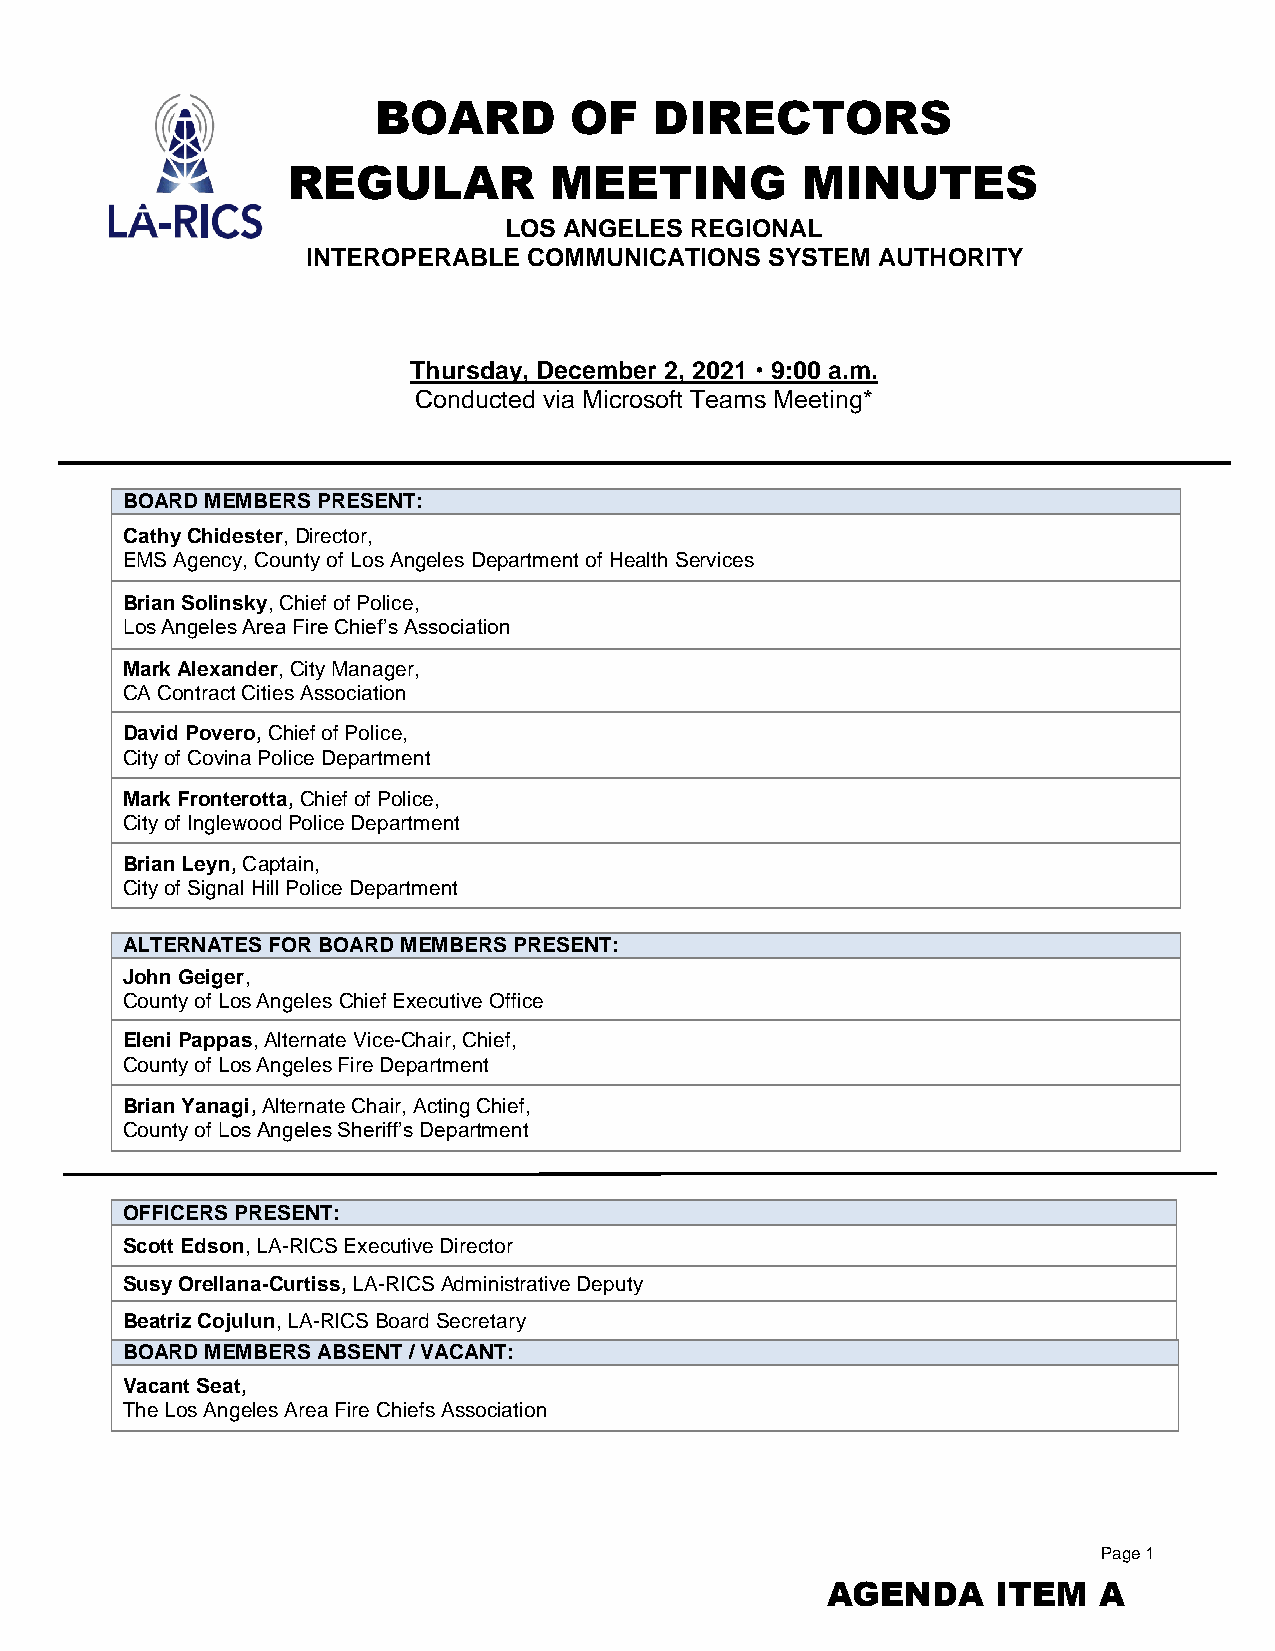
BOARD        OF   DIRECTORS
 REGULAR          MEETING          MINUTES
 LOS ANGELES  REGIONAL
 INTEROPERABLE  COMMUNICATIONS  SYSTEM AUTHORITY
 Thursday, December 2, 2021  9:00 a.m.
 Conducted via Microsoft Teams Meeting*
 BOARD MEMBERS PRESENT:
 Cathy Chidester, Director,
 EMS Agency, County of Los Angeles Department of Health Services
 Brian Solinsky, Chief of Police,
 Los Angeles Area Fire Chief’s Association
 Mark Alexander, City Manager,
 CA Contract Cities Association
 David Povero, Chief of Police,
 City of Covina Police Department
 Mark Fronterotta, Chief of Police,
 City of Inglewood Police Department
 Brian Leyn, Captain,
 City of Signal Hill Police Department
 ALTERNATES FOR BOARD MEMBERS PRESENT:
 John Geiger,
 County of Los Angeles Chief Executive Office
 Eleni Pappas, Alternate Vice-Chair, Chief,
 County of Los Angeles Fire Department
 Brian Yanagi, Alternate Chair, Acting Chief,
 County of Los Angeles Sheriff’s Department
 OFFICERS PRESENT:
 Scott Edson, LA-RICS Executive Director
 Susy Orellana-Curtiss, LA-RICS Administrative Deputy
 Beatriz Cojulun, LA-RICS Board Secretary
 BOARD MEMBERS ABSENT / VACANT:
 Vacant Seat,
 The Los Angeles Area Fire Chiefs Association
 Page 1
 AGENDA     ITEM   A